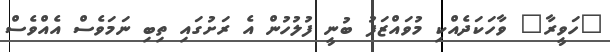
"ހަވީރާ" ވާހަކަދެއްކި މުވައްޒަފު ބުނީ ފުލުހުން އެ ރަށުގައި ތިބި ނަމަވެސް އެއްވެސް